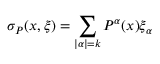
\sigma _ { P } ( x , \xi ) = \sum _ { | \alpha | = k } P ^ { \alpha } ( x ) \xi _ { \alpha }